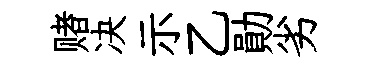
赌决示乙勛劣